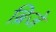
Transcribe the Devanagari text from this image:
ब्रिजे